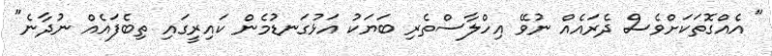
" އެއްގޮތަކަށްވެސް ދެރައެއް ނުވޭ އިހްލާސްތެރި ބަޔަކު އަޅުގަނޑުމެން ކައިރީގައި ތިބެފައެއް ނުދާނެ"